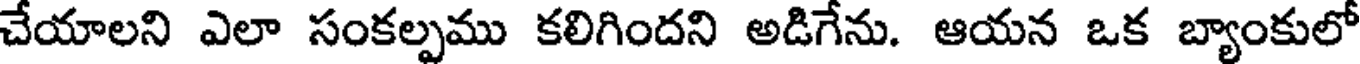
చేయాలని ఎలా సంకల్పము కలిగిందని అడిగేను. ఆయన ఒక బ్యాంకులో